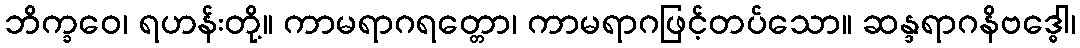
ဘိက္ခဝေ၊ ရဟန်းတို့။ ကာမရာဂရတ္တော၊ ကာမရာဂဖြင့်တပ်သော။ ဆန္ဒရာဂနိဗဒ္ဓေါ၊